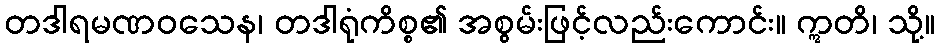
တဒါရမဏဝသေန၊ တဒါရုံကိစ္စ၏ အစွမ်းဖြင့်လည်းကောင်း။ ဣတိ၊ သို့။